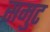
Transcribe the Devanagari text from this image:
समुट